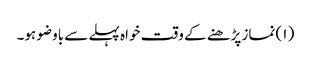
( ۱) نماز پڑھنے کے وقت خواہ پہلے سے باوضو ہو۔